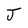
Character: J